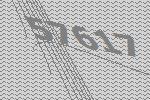
57617